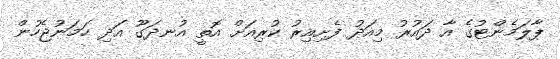
ޕާލަމެންޓުގެ އާ ދައުރު މިއަދު ފެށިއިރު ކުރިއަށް އޮތީ އުނދަގޫ އަދި ހަމަނުޖެހުން